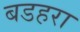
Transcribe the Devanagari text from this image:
बडहरा